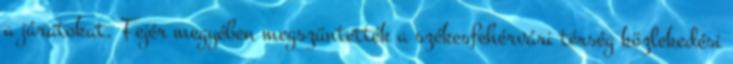
a járatokat. Fejér megyében megszüntették a székesfehérvári térség közlekedési